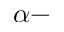
\alpha -